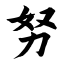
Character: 努